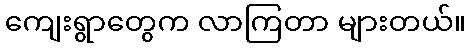
ကျေးရွာတွေက လာကြတာ များတယ်။